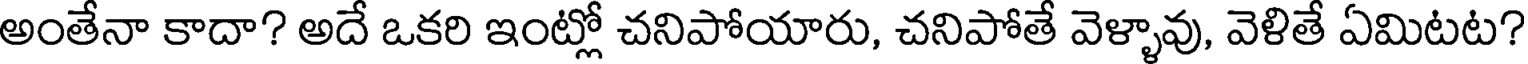
అంతేనా కాదా? అదే ఒకరి ఇంట్లో చనిపోయారు, చనిపోతే వెళ్ళావు, వెళితే ఏమిటట?